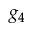
g _ { 4 }